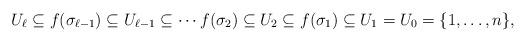
LaTeX: \begin{align*} U_\ell \subseteq f(\sigma_{\ell -1}) \subseteq U_{\ell -1} \subseteq \cdots f(\sigma_2)\subseteq U_2 \subseteq f(\sigma_1)\subseteq U_1 =U_0 =\{1,\dots ,n\}, \end{align*}